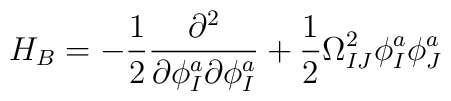
H_{B}=-\frac{1}{2}\frac{\partial^{2}}{\partial \phi_{I}^{a}\partial \phi_{I}^{a}} + \frac{1}{2}\Omega^{2}_{IJ}\phi_{I}^{a}\phi_{J}^{a}